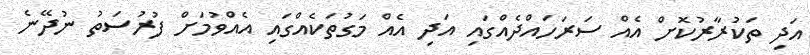
އަދި ތަކުރާރުކޮށް އެއް ސަރަހައްދެއްގައި އަދި އެއް މަގުތަކެއްގައި އެއްވުމަށް ފުރުސަތު ނުދޭނެ